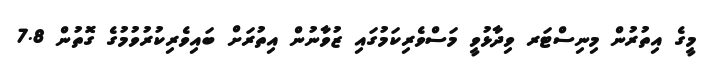
މީގެ އިތުރުން މިނިސްޓަރ ވިދާޅުވީ މަސްވެރިކަމުގައި ޒުވާނުން އިތުރަށް ބައިވެރިކުރުވުމުގެ ގޮތުން 7.8